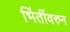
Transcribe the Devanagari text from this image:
भिंतींवरुन